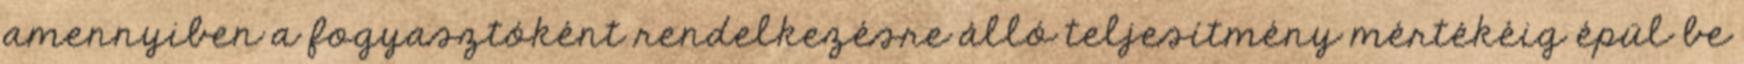
amennyiben a fogyasztóként rendelkezésre álló teljesítmény mértékéig épül be